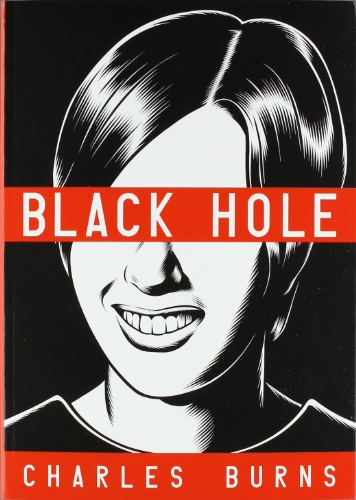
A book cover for Black Hole; Charles Burns; Comics & Graphic Novels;